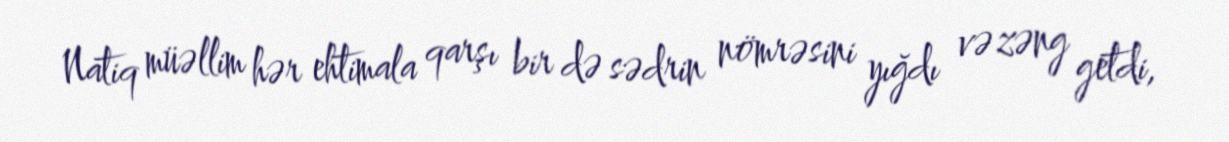
Natiq müəllim hər ehtimala qarşı bir də sədrin nömrəsini yığdı və zəng getdi,